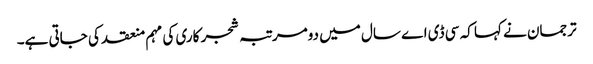
ترجمان نے کہا کہ سی ڈی اے سال میں دومرتبہ شجر کاری کی مہم منعقد کی جاتی ہے۔